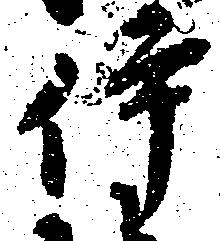
伊